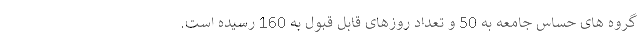
گروه های حساس جامعه به 50 و تعداد روزهای قابل قبول به 160 رسیده است.